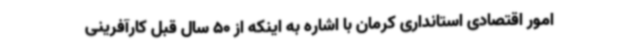
امور اقتصادی استانداری کرمان با اشاره به اینکه از 50 سال قبل کارآفرینی